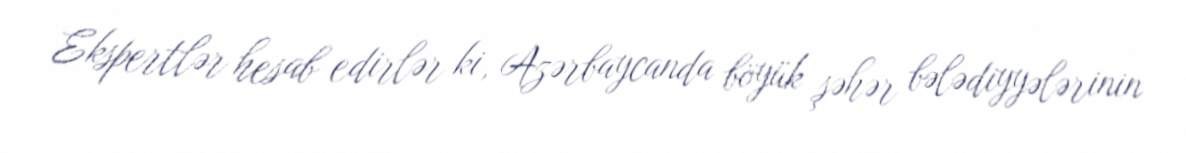
Ekspertlər hesab edirlər ki, Azərbaycanda böyük şəhər bələdiyyələrinin